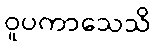
ဝူပကာသေသိ